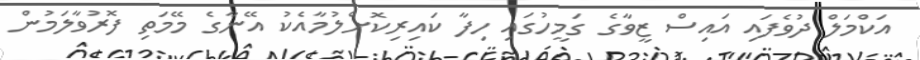
އަކްމަލް ދުވެފައި އައިސް ޒީވާގެ ގަމީހުގައި ހިފާ ކައިރިކޮށްލުމާއެކު އޭނާގެ މޭމަތި ފޮރުވާލަމުން